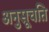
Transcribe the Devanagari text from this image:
अनुसूचति